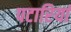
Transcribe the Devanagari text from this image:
पटारियां